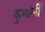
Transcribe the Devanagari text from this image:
कुभांर्ली